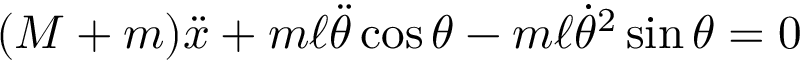
( M + m ) { \ddot { x } } + m \ell { \ddot { \theta } } \cos \theta - m \ell { \dot { \theta } } ^ { 2 } \sin \theta = 0